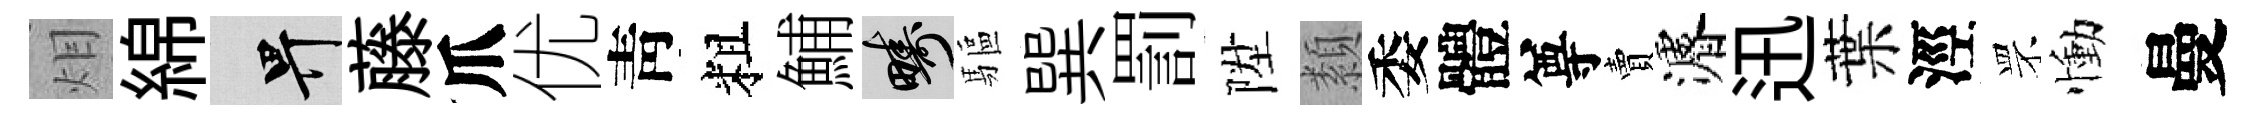
𤇆綿畀藤爪优靑粗鯆疇驅巽罰陞纇委體尊賣濬迅葉涇罘慟曼